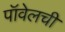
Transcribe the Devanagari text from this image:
पॉवेलची